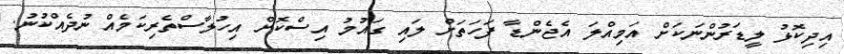
އިދިކޮޅު ލީޑަރުންނަކަށް އަމިއްލަ އެޖެންޑާ ފަހަތަށް ލައި ގައުމު އިސްކޮށް އިހުލާސްތެރިކަމެއް ނުދެއްކުނު.